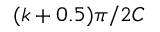
( k + 0 . 5 ) \pi / 2 C